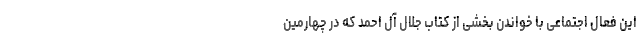
این فعال اجتماعی با خواندنِ بخشی از کتابِ جلال آل احمد که در چهارمین